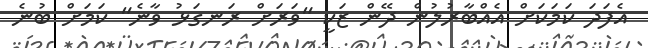
އެފަދަ ކަމަކަށް އެއްބާރުލުން ދޭން ޒަކީ "ވަރަށް ރަނގަޅު ވާނެ" ކަމަށް ބުނެ